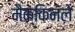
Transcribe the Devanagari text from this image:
मैक्किनले